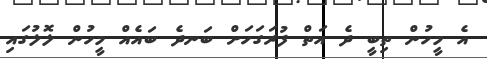
އެ މީހުން ތިބީ ދެ އަތް ފުރަގަހަށް ބަނދެ ބައެއް މީހުން ލޮލުގައި